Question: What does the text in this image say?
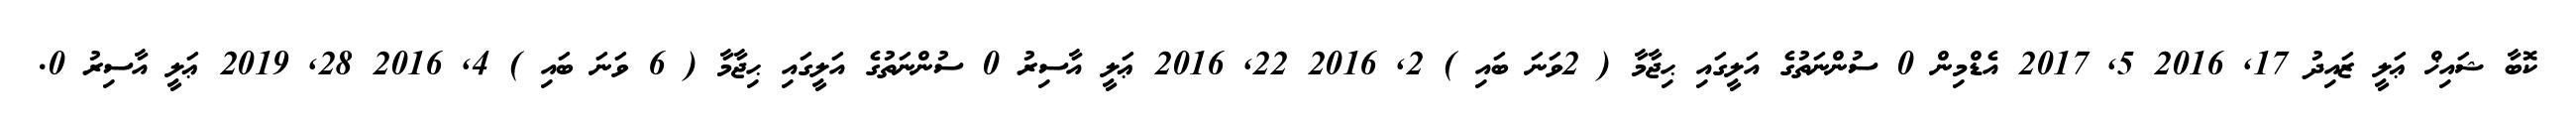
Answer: ކޮބާ ޝައިޚް ޢަލީ ޒައިދު 17, 2016 5, 2017 އެޑްމިން 0 ސުންނަތުގެ އަލީގައި ޙިޖާމާ ( 2ވަނަ ބައި ) 2, 2016 22, 2016 ޢަލީ އާސިރު 0 ސުންނަތުގެ އަލީގައި ޙިޖާމާ ( 6 ވަނަ ބައި ) 4, 2016 28, 2019 ޢަލީ އާސިރު 0.